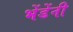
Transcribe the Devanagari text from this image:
भेंडेंनी